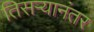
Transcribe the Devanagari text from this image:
तिसऱ्यानंतर